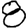
Digit: 8